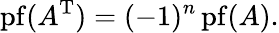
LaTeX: \operatorname{pf}(A^{\mathrm{T}})=(-1)^{n}\operatorname{pf}(A).